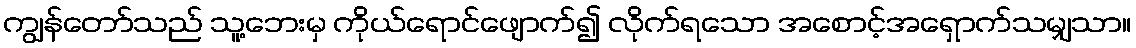
ကျွန်တော်သည် သူ့ဘေးမှ ကိုယ်ရောင်ဖျောက်၍ လိုက်ရသော အစောင့်အရှောက်သမျှသာ။